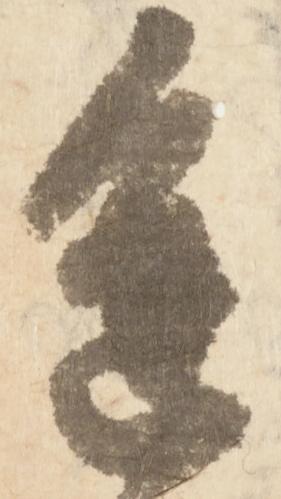
進